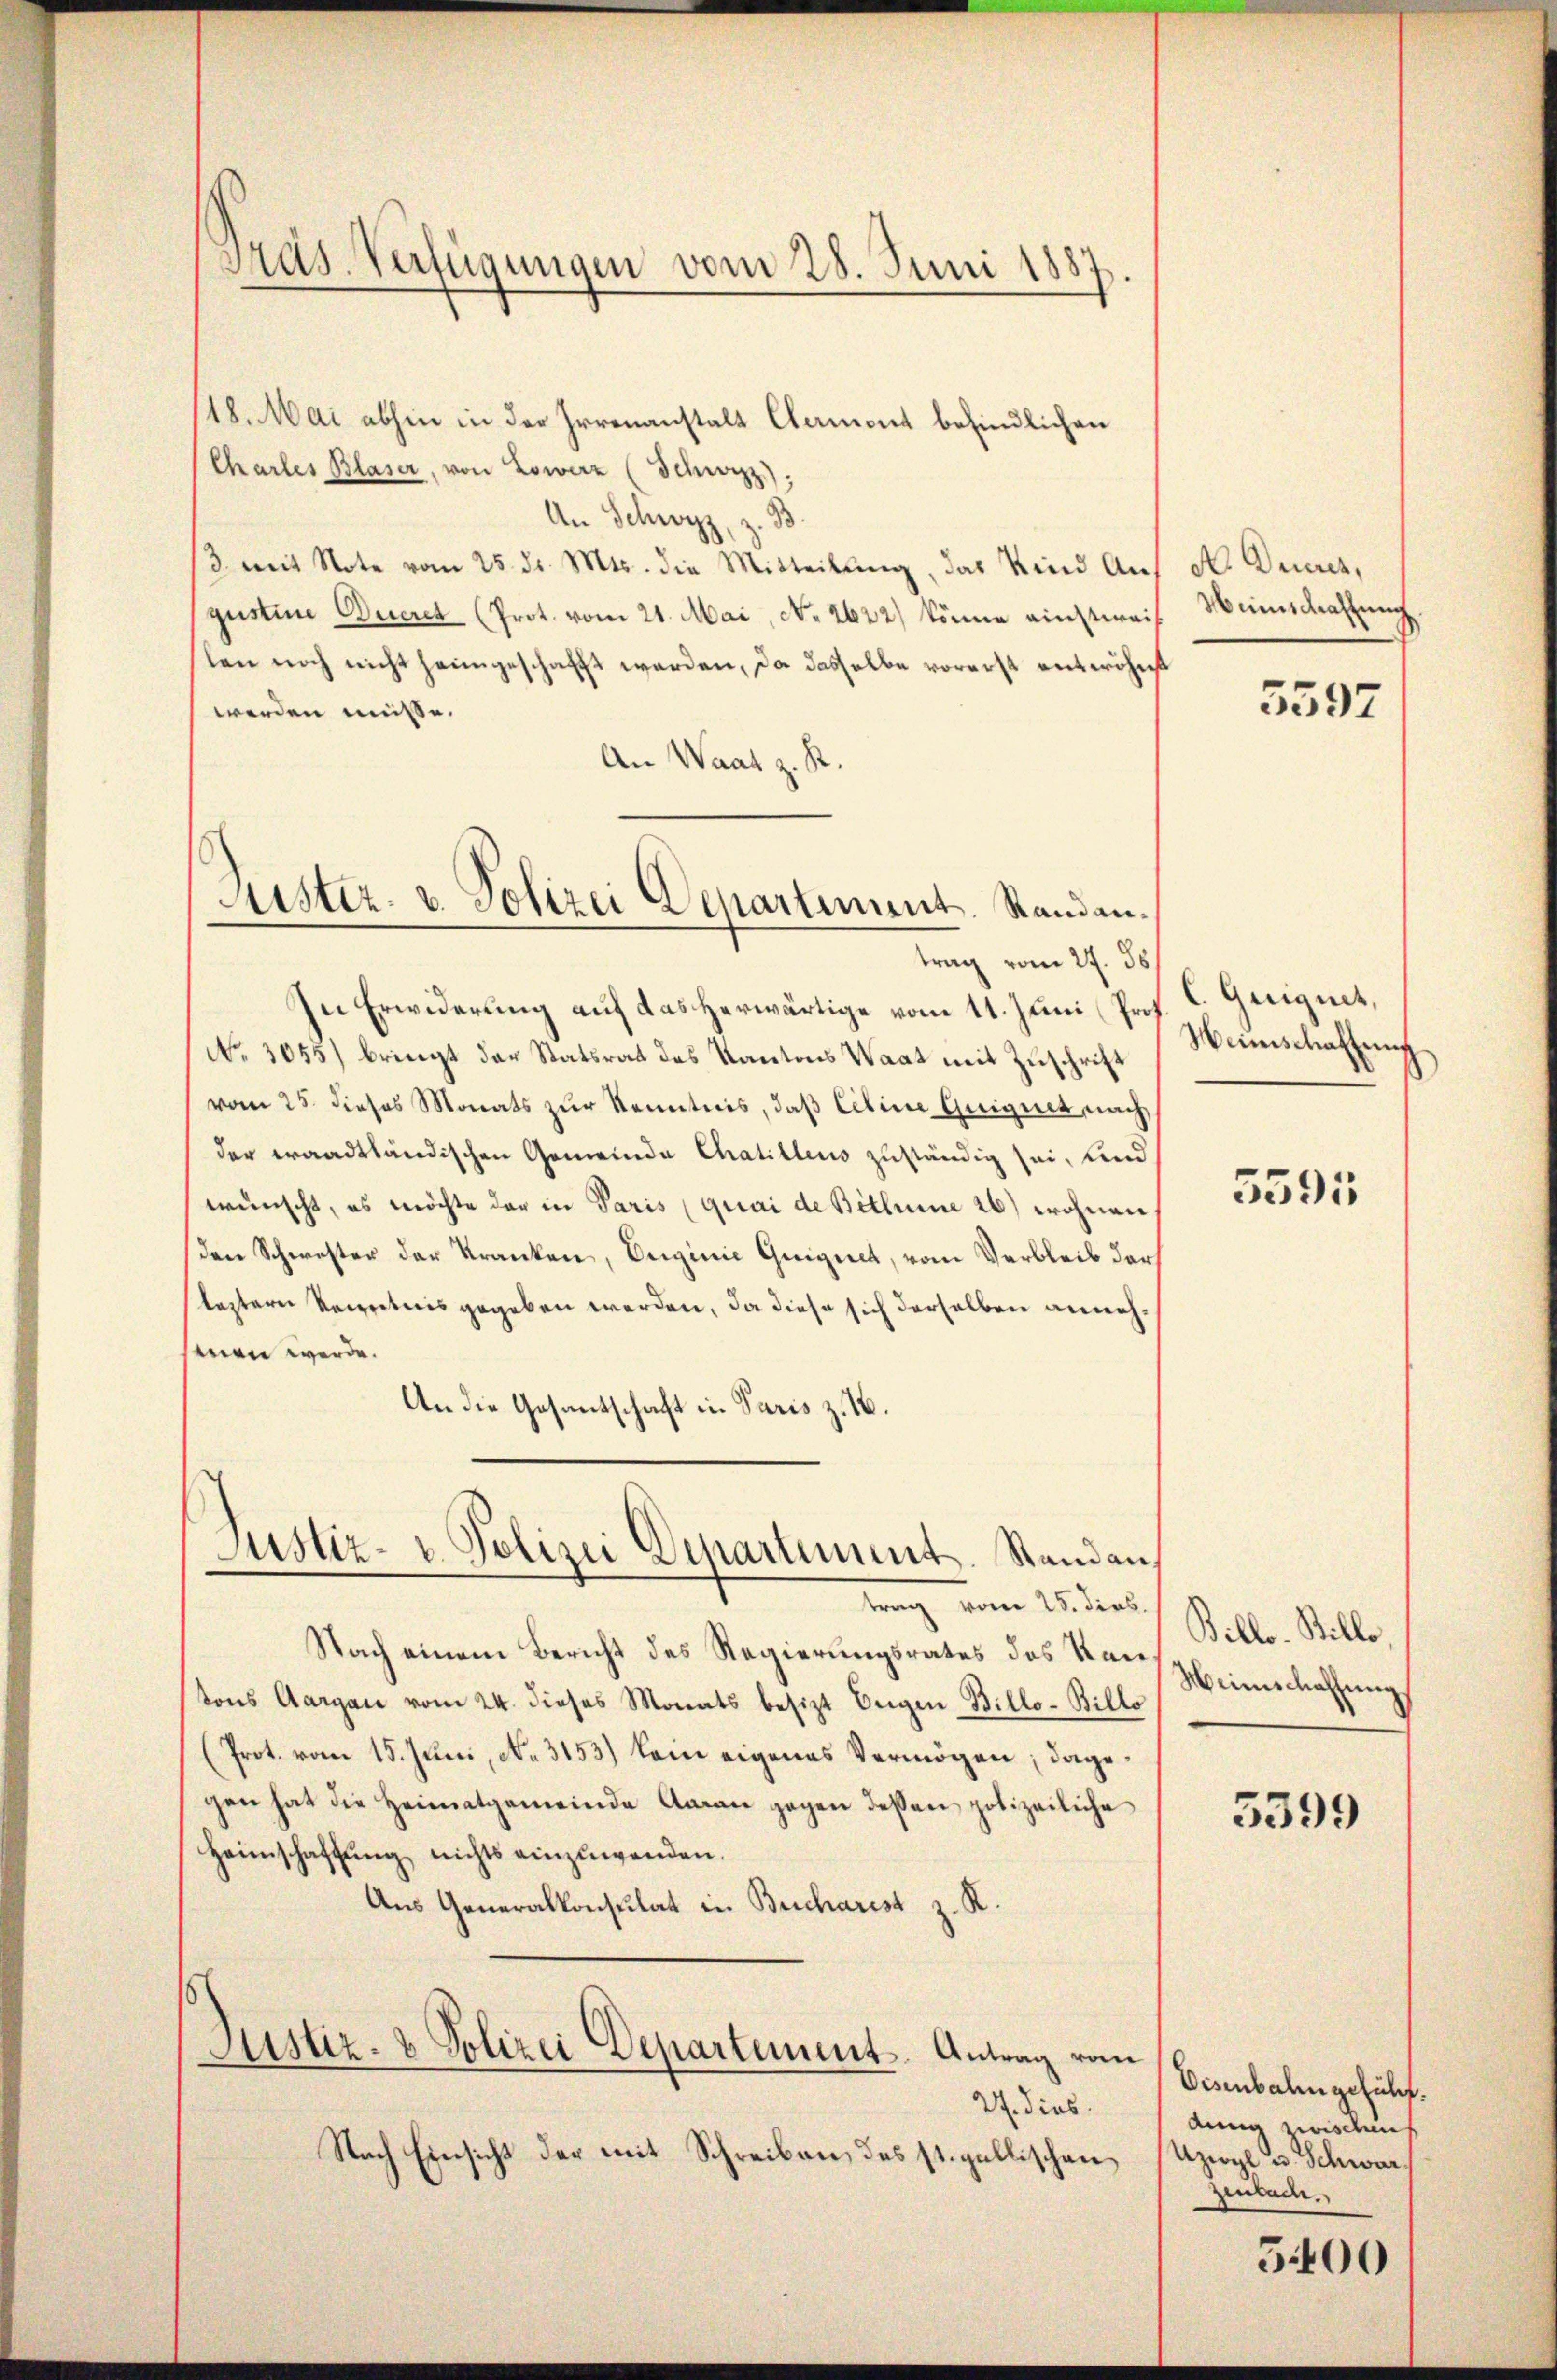
Pras. Verfügungen vom 28. Juni 1887

118. Mai abhin in der Irrenanstalt Clement befindlichen
Charles Blaser, von Lowerz (Schwyzz);
An Schwyz, z. B.
3 mit Note vom 25. ds. Mts. die Mitteilung, das Kind Angustine Decret (Prot. vom 21. Mai, No. 2622) könne einstweilen noch nicht heimgeschafft werden, da dasselbe vorerst entwöhnt
werden müsse.
An Waat z. R.

Huster- u. Polizei Departiment. Standan¬

Justiz- u. Polizei Departement. Stand an,
trang vom 15. dens.

In Erwiderung auf das herwärtige vom 11. Juni (Pro
No. 3055) bringt der Statsrat des Kantons Waat mit Zuschrift
vom 25. dieses Monats zur Kenntnis, daß Ciline Guignet, nach
der waadtländischen Gemeinde Chatillens zuständig sei, und
wünscht, es möchte der in Paris (quai de Bitteine 26) wohnen
den Schwester der Kranken, Erginie Guignet, vom Verbleib der
leztern Secretiis gegeben werden, da diese sich derselben annehmen werde.
An die Gesantschaft in Paris z. 16.

trag vom 27. ds

Nach einem Bericht des Regierungsrates des Kantons Aargau vom 24. dieses Monats besizt Angen Billo-Billo
(Prot. vom 15. Juni, No. 3153) kam eigenes Vermögen; dagegen hat die Heimatgemeinde Aaran gegen dessen polizeiliche
Heimschaffung nichts einzuwenden.
Aus Generalkonsulat in Bucharest z. R.
Justiz- & Polizei Departement. Antrag vom
27. dies
Nach Einsicht der mit Schreiben, des st. gallischen

A. Ducres,
Menschaffung

5597

C. Guignet,
Weinschaffung

5391

Billo-Billo
Meinschaffung

5399

Disenbahngeführt.
dung zwischen
Uzwyl u. Schwar
Zeulach.

5400